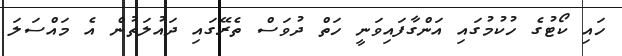
ހައި ކޯޓުގެ ހުކުމުގައި އަންްގާފައިވަނީ ހަތް ދުވަސް ތެރޭގައި ދައުލަތުން އެ މައްސަލަ